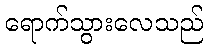
ရောက်သွားလေသည်